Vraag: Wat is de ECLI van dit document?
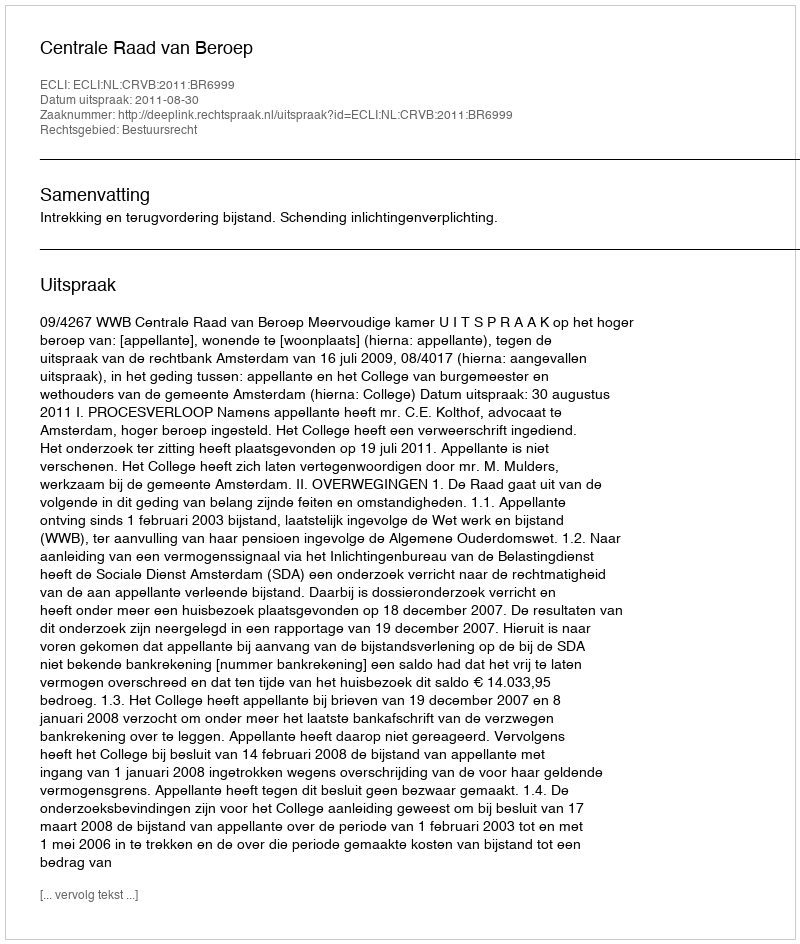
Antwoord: ECLI:NL:CRVB:2011:BR6999